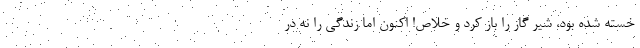
خسته شده بود، شیر گاز را باز کرد و خلاص! اکنون اما زندگی را نه در